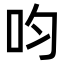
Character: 呁